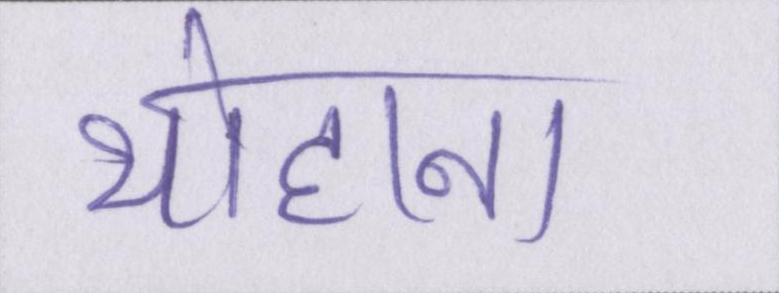
योहाना